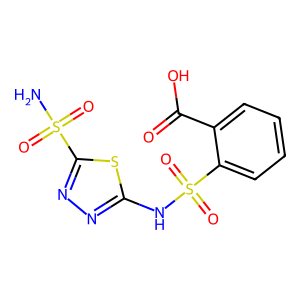
SMILES: NS(=O)(=O)c1nnc(NS(=O)(=O)c2ccccc2C(=O)O)s1
Inhibits HIV replication: No